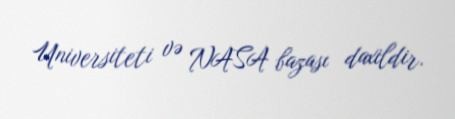
Universiteti və NASA bazası daxildir.